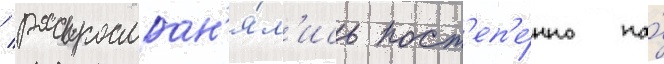
/ распростран'я́л'ись пост'еп'е́нно на́